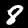
Label: 8